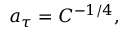
a _ { \tau } = C ^ { - 1 / 4 } ,